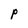
Character: P